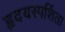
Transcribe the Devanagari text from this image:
हृदयस्पर्शिता